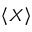
\left\langle X \right\rangle